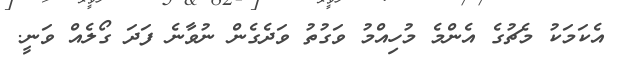
އެކަމަކު މެޗުގެ އެންމެ މުހިއްމު ވަގުތު ވަދެގެން ނުވާނެ ފަދަ ގޯލެއް ވަނީ.